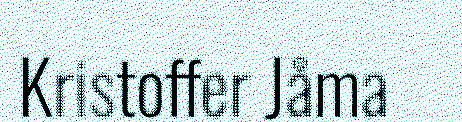
Kristoffer Jåma